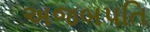
અજબપતિ